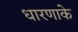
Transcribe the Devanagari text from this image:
धारणाके